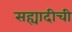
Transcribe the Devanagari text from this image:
सह्यादीची